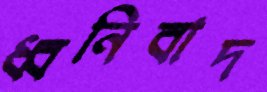
ধ্বনিবাদ